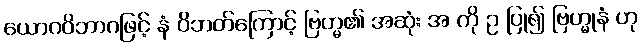
ယောဂဝိဘာဂဖြင့် နံ ဝိဘတ်ကြောင့် ဗြဟ္မ၏ အဆုံး အ ကို ဥ ပြု၍ ဗြဟ္မုနံ ဟု